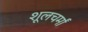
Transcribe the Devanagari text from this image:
शूलचर्मां